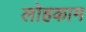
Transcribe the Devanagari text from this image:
लोहकाम